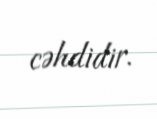
cəhdidir.